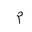
Letter: _mim